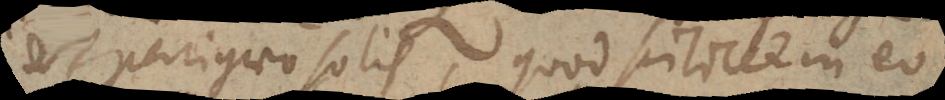
et perigaeo solis, quod scilicet in eo